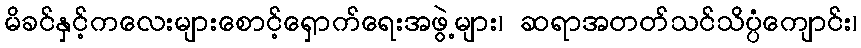
မိခင်နှင့်ကလေးများစောင့်ရှောက်ရေးအဖွဲ့များ၊ ဆရာအတတ်သင်သိပ္ပံကျောင်း၊